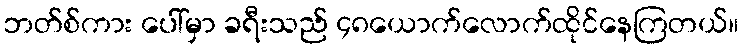
ဘတ်စ်ကား ပေါ်မှာ ခရီးသည် ၄၈ယောက်လောက်ထိုင်နေကြတယ်။